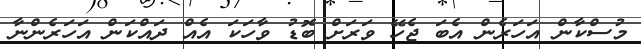
މުސްކާން އަހަރެން އެބަ ޖެހޭ ވަރަށް ބޮޑު ވާހަކަ އެއް ދައްކަން އަހަރެންނާ